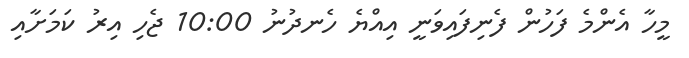
މީހާ އެންމެ ފަހުން ފެނިފައިވަނީ އިއްޔެ ހެނދުނު 10:00 ޖެހި އިރު ކަމަށާއި